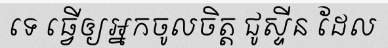
ទេ ធ្វើឲ្យអ្នកចូលចិត្ត ជូស្ទីន ដែល